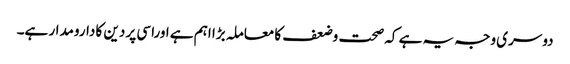
دوسری وجہ یہ ہے کہ صحت وضعف کا معاملہ بڑا اہم ہے اوراسی پر دین کا دارومدار ہے۔